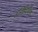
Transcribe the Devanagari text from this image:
अतिविशिष्ठ